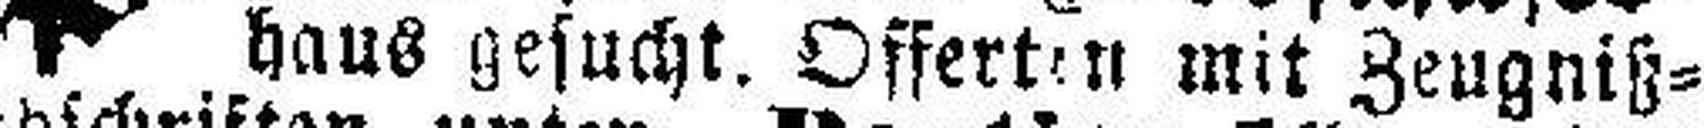
haus gesucht. Offerten mit Zeugniß¬